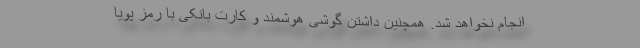
انجام نخواهد شد. همچنین داشتن گوشی هوشمند و کارت بانکی با رمز پویا